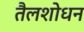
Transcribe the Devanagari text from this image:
तैलशोधन